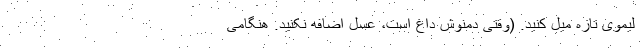
لیموی تازه میل کنید. (وقتی دمنوش داغ است، عسل اضافه نکنید. هنگامی